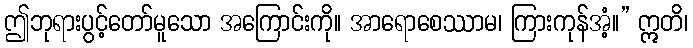
ဤဘုရားပွင့်တော်မူသော အကြောင်းကို။ အာရောစေဿာမ၊ ကြားကုန်အံ့။” ဣတိ၊